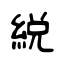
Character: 綐